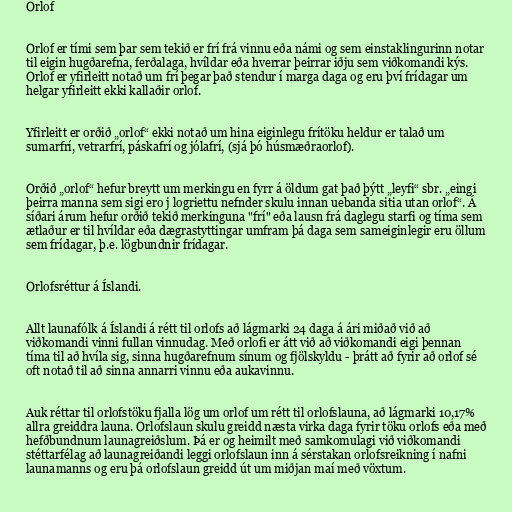
Orlof

Orlof er tími sem þar sem tekið er frí frá vinnu eða námi og sem einstaklingurinn notar
til eigin hugðarefna, ferðalaga, hvíldar eða hverrar þeirrar iðju sem viðkomandi kýs.
Orlof er yfirleitt notað um frí þegar það stendur í marga daga og eru því frídagar um
helgar yfirleitt ekki kallaðir orlof.

Yfirleitt er orðið „orlof“ ekki notað um hina eiginlegu frítöku heldur er talað um
sumarfrí, vetrarfrí, páskafrí og jólafrí, (sjá þó húsmæðraorlof).

Orðið „orlof“ hefur breytt um merkingu en fyrr á öldum gat það þýtt „leyfi“ sbr. „eingi
þeirra manna sem sigi ero j logriettu nefnder skulu innan uebanda sitia utan orlof“. Á
síðari árum hefur orðið tekið merkinguna "frí" eða lausn frá daglegu starfi og tíma sem
ætlaður er til hvíldar eða dægrastyttingar umfram þá daga sem sameiginlegir eru öllum
sem frídagar, þ.e. lögbundnir frídagar.

Orlofsréttur á Íslandi.

Allt launafólk á Íslandi á rétt til orlofs að lágmarki 24 daga á ári miðað við að
viðkomandi vinni fullan vinnudag. Með orlofi er átt við að viðkomandi eigi þennan
tíma til að hvíla sig, sinna hugðarefnum sínum og fjölskyldu - þrátt að fyrir að orlof sé
oft notað til að sinna annarri vinnu eða aukavinnu.

Auk réttar til orlofstöku fjalla lög um orlof um rétt til orlofslauna, að lágmarki 10,17%
allra greiddra launa. Orlofslaun skulu greidd næsta virka daga fyrir töku orlofs eða með
hefðbundnum launagreiðslum. Þá er og heimilt með samkomulagi við viðkomandi
stéttarfélag að launagreiðandi leggi orlofslaun inn á sérstakan orlofsreikning í nafni
launamanns og eru þá orlofslaun greidd út um miðjan maí með vöxtum.